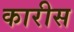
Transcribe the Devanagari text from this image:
कारीस